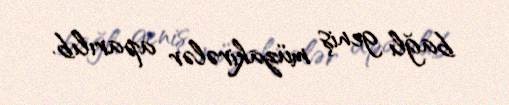
bağlı geniş müzakirələr aparılıb.